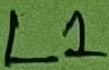
Text: L1